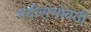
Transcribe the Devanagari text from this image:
मंदीराभोवती